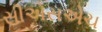
સીએસએચ